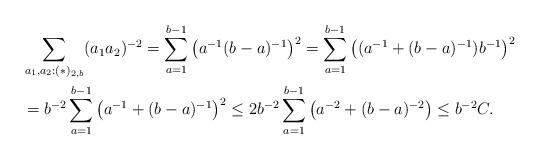
LaTeX: \begin{align*}&\sum_{a_1,a_2:(*)_{2,b}}(a_1a_2)^{-2} = \sum_{a=1}^{b-1} \left( a^{-1} (b-a)^{-1}\right)^{2}=\sum_{a=1}^{b-1}\left((a^{-1}+(b-a)^{-1})b^{-1}\right)^2\\&= b^{-2} \sum_{a=1}^{b-1}\left(a^{-1}+(b-a)^{-1}\right)^2 \leq 2 b^{-2} \sum_{a=1}^{b-1} \left( a^{-2} + (b-a)^{-2} \right) \leq b^{-2} C.\end{align*}